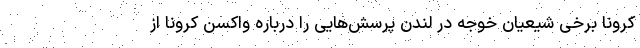
کرونا برخی شیعیان خوجه در لندن پرسش‌هایی را درباره واکسن کرونا از